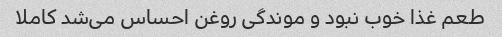
طعم غذا خوب نبود و موندگی روغن احساس می‌شد کاملا